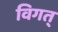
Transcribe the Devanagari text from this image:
विगत्